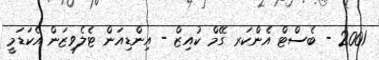
2001 - ބެސްޓް އެންކަރ ގޭމް ކުއިޒް - އިންޑިއަން ޓެލެވިޒަން އެކަޑަމީ